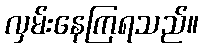
လှမ်းနေကြရသည်။